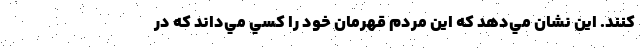
كنند. اين نشان مي‌دهد كه اين مردم قهرمان خود را كسي مي‌داند كه در